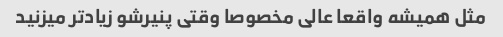
مثل همیشه واقعا عالی مخصوصا وقتی پنیرشو زیاد‌تر میزنید